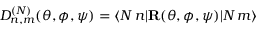
D _ { n , m } ^ { ( N ) } ( \theta , \phi , \psi ) = \langle N \, n | { \bf R } ( \theta , \phi , \psi ) | N \, m \rangle